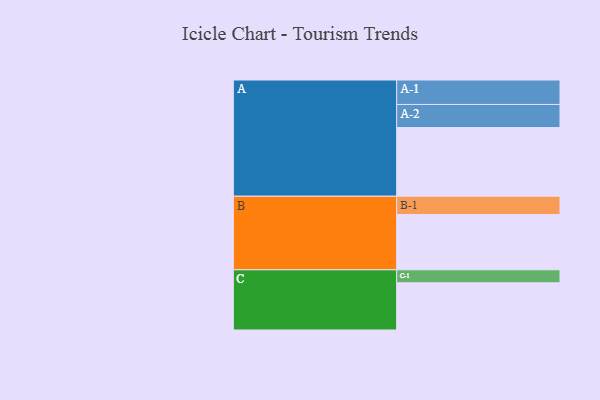
{"axis": {"x": "Segment", "y": "Value"}, "legend": ["", "A", "B", "C"], "data": [{"x": "A", "y": 592, "type": ""}, {"x": "B", "y": 477, "type": ""}, {"x": "C", "y": 407, "type": ""}, {"x": "A-1", "y": 211, "type": "A"}, {"x": "A-2", "y": 199, "type": "A"}, {"x": "B-1", "y": 157, "type": "B"}, {"x": "C-1", "y": 112, "type": "C"}]}